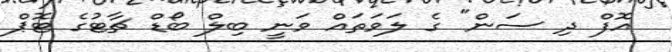
އޮފް ދި ސަން" ގެ ލަވަތައް ވަނީ ބިލް ބޯޑް ޗާޓުގެ ޓޮޕް